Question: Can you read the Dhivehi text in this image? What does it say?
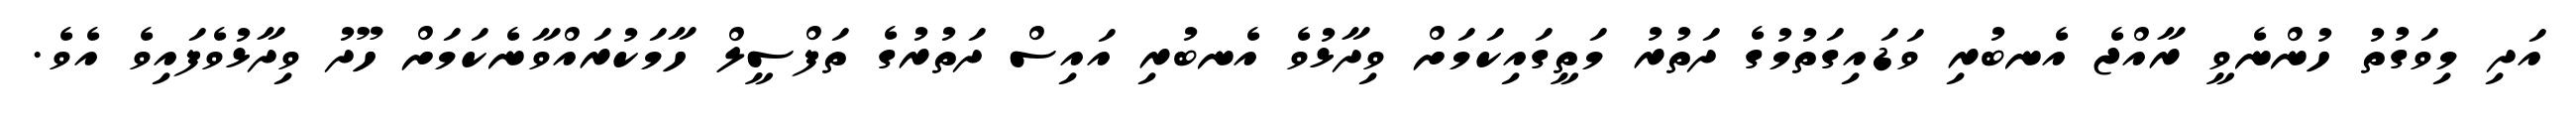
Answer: އަދި މިވަގުތު ހުންނެވީ ރާއްޖެ އެނބުރި ވަޑައިގަތުމުގެ ދަތުރު މަތީގައިކަމަށް ވިދާޅުވެ އެނބުރި އައިސް ދަތުރުގެ ތަފްސީލް ހާމަކުރައްވާނެކަމަށް ހޫދު ވިދާޅުވެފައިވެ އެވެ.